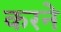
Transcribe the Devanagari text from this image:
करनेे